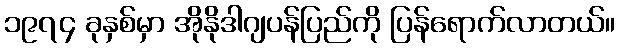
၁၉၇၄ ခုနှစ်မှာ အိုနိုဒါဂျပန်ပြည်ကို ပြန်ရောက်လာတယ်။